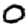
Digit: 0